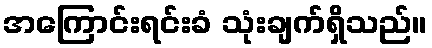
အကြောင်းရင်းခံ သုံးချက်ရှိသည်။